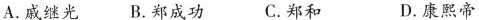
A.戚继光 B.郑成功 C.郑和 D.康熙帝